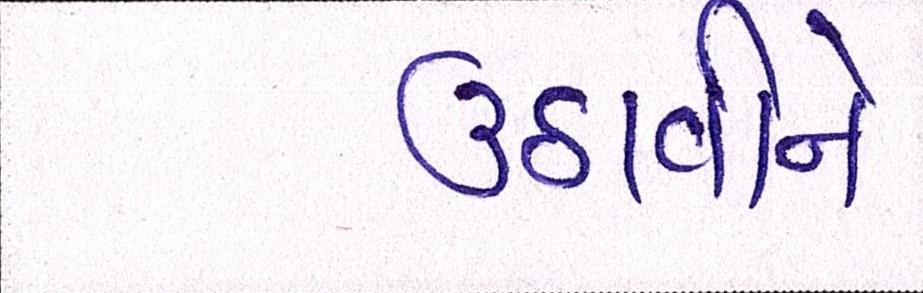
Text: ઉઠાવીને